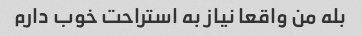
بله من واقعا نیاز به استراحت خوب دارم